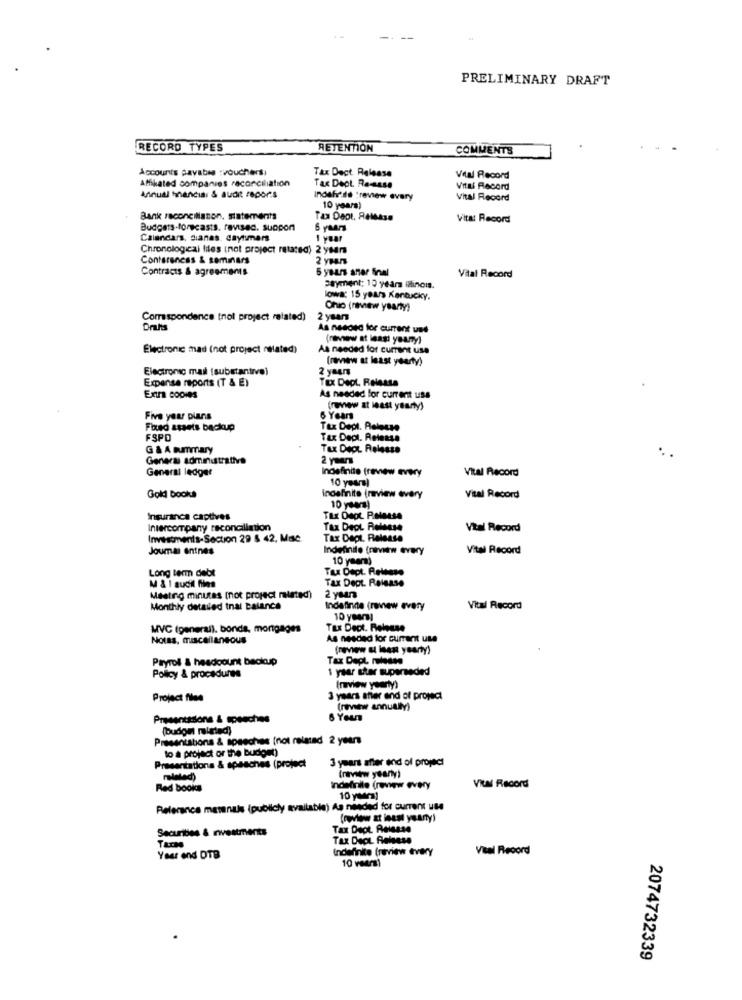
PRELIMINARY DRAFT
RECORD TYPES
RETENTION
COMMENTS
Accounts payable :vouchert
Tax Dect Release
Affiliated companies reconciliation
Vital Record
Tax Dept. Re-asse
Vital Record
Annual Shandia: & audit repor's
Inoshr.de :review avary
Vital Record
10 years)
Bank reconciliation. statements
Vita: Record
Budgets-forecasts. revised. suppon
6 years
Calendars, sianas. daytummers
1 year
Chronological files (not project rotated) 2 years
Conferences & seminars
Contracts & agreements
5 years aner final
Vital Record
payment: 13 years illinois.
lowa: 15 years Kentucky.
Ohio (review ysarıy)
Correspondence tnot project related)
2 years
Drats
As needed for current und
(ramew at least yuany)
Electronic mad (not project nilated)
As needed for current use
(rmnew at least yearty)
Electronic mail (substantivo)
2 years
Expense reports (T & E)
TEX Dept Release
Extra copies
As needed for current uss
(row at least yearly)
Five year plans
6 Years
Found assets backup
Tax Dept. Aelesse
FSPD
Tax Dept. Release
G & A summary
Tax Deot Release
Genera administrative
2 ymar
General ledger
Indefinite (review every
Vital Record
10 years)
Gold books
indefinite (review every
Vital Record
10 years)
Insurance captives
Tix Dept Pelosse
Intercompany reconciliation
Tax Dept Release
Vital Record
Investments-Section 29 $ 42, Mac
Tax Dept. Release
Jouma entnes
Indefinite frinrw every
Vital Record
10 year)
Tax Dept. Release
Long term debt
Tax Dept. Release
Meeting minutes (not project milsted)
Monthly detailed tnal balance
Indefinite (review every
Vital Record
10 yarı
MVC (general), bonds, mortgages
Tax Dect. Release
Notas, miscellaneous
As needed for current use
(review at least yearty)
Payroll & headcount backup
Tax Dept. release
1 year star superseded
Policy & procedures
(review yearly)
Project files
3 years after and of project
(review annually)
Presentations & speeches
6 Your
(budou related)
Presentations & speeches (not related 2 years
to a project or the budget)
3 years after end of project
Presentations & spasches (project
(new yearly)
Red books
Indefinite (review every
Vill Record
10 yera)
Reference matenals (publicly available) As needed for current use
(wiew at least yearty)
Securities & nvestments
Tax Dept. Release
Tarte
Indefinite (narview every
Veal Record
Year end DTB
10 veers)
2074732339